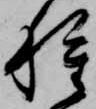
種